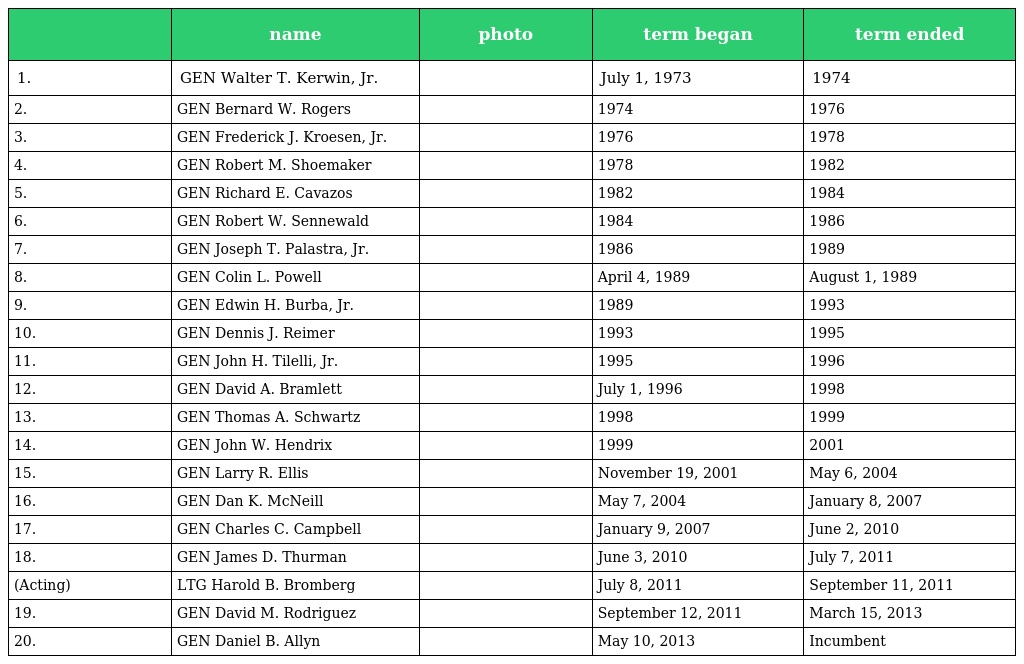
|  | name | photo | term began | term ended |
 | --- | --- | --- | --- | --- |
 | 1. | GEN Walter T. Kerwin, Jr. |  | July 1, 1973 | 1974 |
 | 2. | GEN Bernard W. Rogers |  | 1974 | 1976 |
 | 3. | GEN Frederick J. Kroesen, Jr. |  | 1976 | 1978 |
 | 4. | GEN Robert M. Shoemaker |  | 1978 | 1982 |
 | 5. | GEN Richard E. Cavazos |  | 1982 | 1984 |
 | 6. | GEN Robert W. Sennewald |  | 1984 | 1986 |
 | 7. | GEN Joseph T. Palastra, Jr. |  | 1986 | 1989 |
 | 8. | GEN Colin L. Powell |  | April 4, 1989 | August 1, 1989 |
 | 9. | GEN Edwin H. Burba, Jr. |  | 1989 | 1993 |
 | 10. | GEN Dennis J. Reimer |  | 1993 | 1995 |
 | 11. | GEN John H. Tilelli, Jr. |  | 1995 | 1996 |
 | 12. | GEN David A. Bramlett |  | July 1, 1996 | 1998 |
 | 13. | GEN Thomas A. Schwartz |  | 1998 | 1999 |
 | 14. | GEN John W. Hendrix |  | 1999 | 2001 |
 | 15. | GEN Larry R. Ellis |  | November 19, 2001 | May 6, 2004 |
 | 16. | GEN Dan K. McNeill |  | May 7, 2004 | January 8, 2007 |
 | 17. | GEN Charles C. Campbell |  | January 9, 2007 | June 2, 2010 |
 | 18. | GEN James D. Thurman |  | June 3, 2010 | July 7, 2011 |
 | (Acting) | LTG Harold B. Bromberg |  | July 8, 2011 | September 11, 2011 |
 | 19. | GEN David M. Rodriguez |  | September 12, 2011 | March 15, 2013 |
 | 20. | GEN Daniel B. Allyn |  | May 10, 2013 | Incumbent |